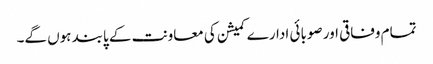
تمام وفاقی اور صوبائی ادارے کمیشن کی معاونت کے پابند ہوں گے۔